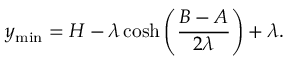
y _ { \mathrm { m i n } } = H - \lambda \cosh \left( \frac { B - A } { 2 \lambda } \right) + \lambda .